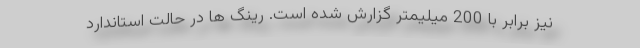
نیز برابر با 200 میلیمتر گزارش شده است. رینگ ها در حالت استاندارد